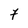
Character: 7